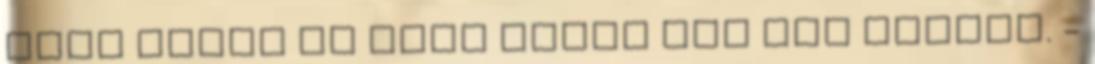
Fish fauna of Lake Hévíz and its outlet. -